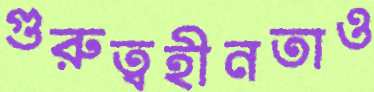
গুরুত্বহীনতাও